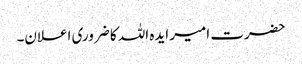
حضرت امیر ایدہ اللہ کا ضروری اعلان۔